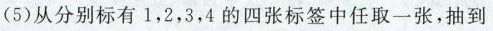
(5)从分别标有1，2，3，4的四张标签中任取一张，抽到